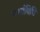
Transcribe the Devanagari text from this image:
गर्भाविधि